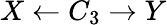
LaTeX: X\leftarrow C_{3}\rightarrow Y